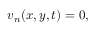
\begin{array} { r } { v _ { n } ( x , y , t ) = 0 , } \end{array}